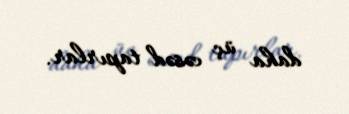
daha üç cəsəd tapırlar.